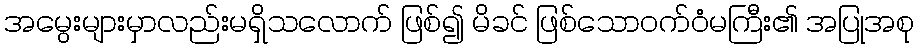
အမွေးများမှာလည်းမရှိသလောက် ဖြစ်၍ မိခင် ဖြစ်သောဝက်ဝံမကြီး၏ အပြုအစု